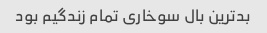
بدترین بال سوخاری تمام زندگیم بود